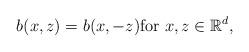
LaTeX: \begin{align*}b(x,z)=b(x,-z) \hbox{for } x,z\in\mathbb{R}^{d},\end{align*}